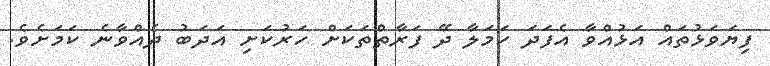
ފިޔަވަޅުތައް އަޅުއްވާ އެފަދަ ހަމަލާ ދޭ ފަރާތްތަކަށް ހަރުކަށި އަދަބު ދެއްވާނެ ކަމަށެވެ.